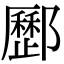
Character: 𨟑